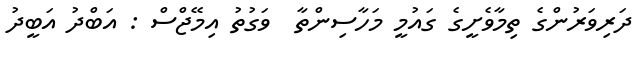
ދަރިވަރުންގެ ތިމާވެށީގެ ގައުމީ މަހާސިންތާ  ވަގުތު އިމޭޖްސް : އަބްދު އަބީދު